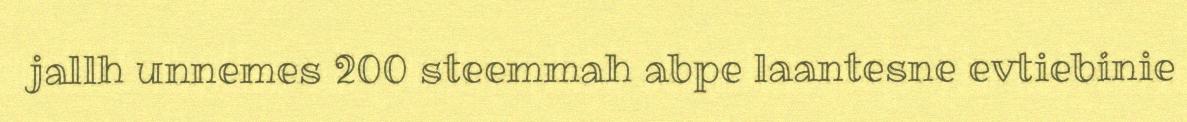
jallh unnemes 200 steemmah abpe laantesne evtiebinie